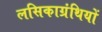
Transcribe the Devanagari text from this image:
लसिकाग्रंथियों